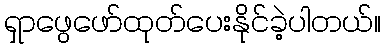
ရှာဖွေဖော်ထုတ်ပေးနိုင်ခဲ့ပါတယ်။